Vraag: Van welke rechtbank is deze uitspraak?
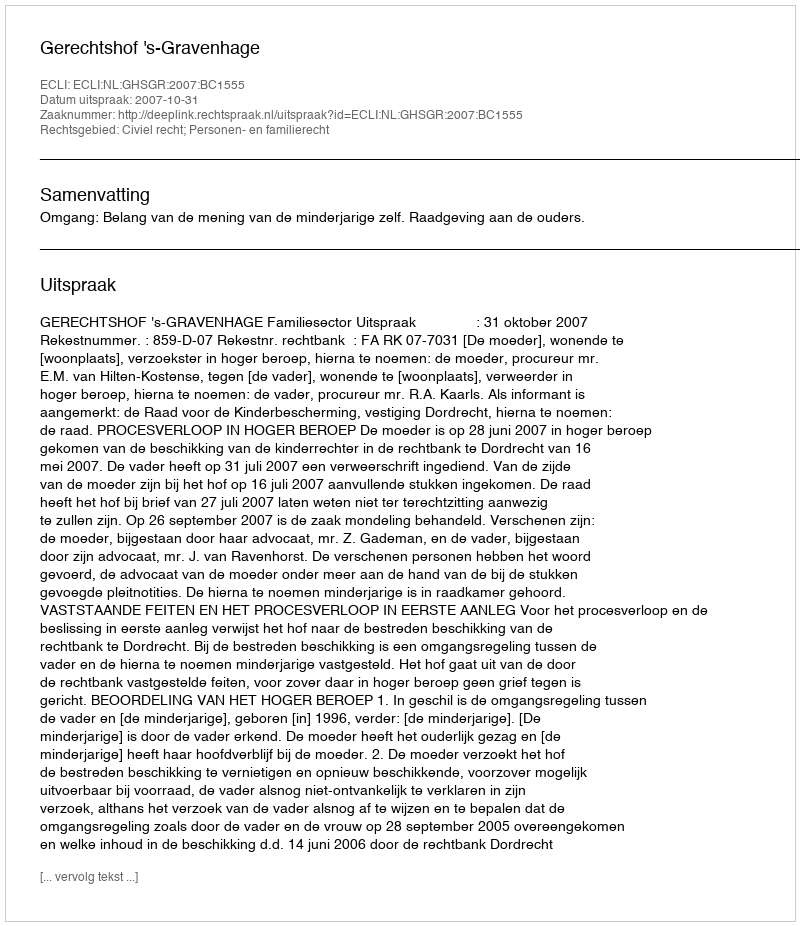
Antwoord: Gerechtshof 's-Gravenhage